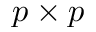
p \times p